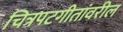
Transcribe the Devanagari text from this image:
चित्रपटगीतांवरील